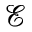
\mathcal { E }